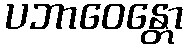
ပဘာဝေန္တော